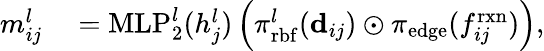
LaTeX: \begin{array}{rl}{m_{ij}^{l}}&{{}=\mathrm{MLP}_{2}^{l}(h_{j}^{l})\left(\pi_{\mathrm{rbf}}^{l}(\mathbf{d}_{ij})\odot\pi_{\mathrm{edge}}(f_{ij}^{\mathrm{rxn}})\right),}\end{array}